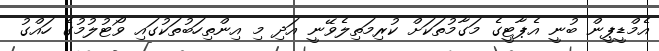
އެމްޑީޕީން ބުނީ އެޕާޓީގެ މަގާމުތަކަށް ކުރިމަތިލެވޭނީ އަދި މި އިންތިހަބުތަކުގައި ވޯޓުލުމުގެ ހައްގު